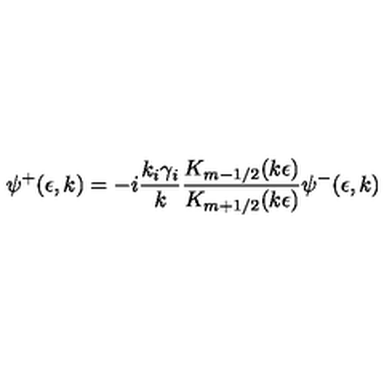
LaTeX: \psi ^ { + } ( \epsilon , k ) = - i \frac { k _ { i } \gamma _ { i } } { k } \frac { K _ { m - 1 / 2 } ( k \epsilon ) } { K _ { m + 1 / 2 } ( k \epsilon ) } \psi ^ { - } ( \epsilon , k )